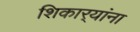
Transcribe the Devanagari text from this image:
शिकार्‍यांना